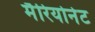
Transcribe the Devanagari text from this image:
मैरियोनेट